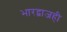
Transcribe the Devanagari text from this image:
भारद्वाजही